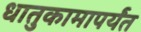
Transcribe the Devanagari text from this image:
धातुकामापर्यंत